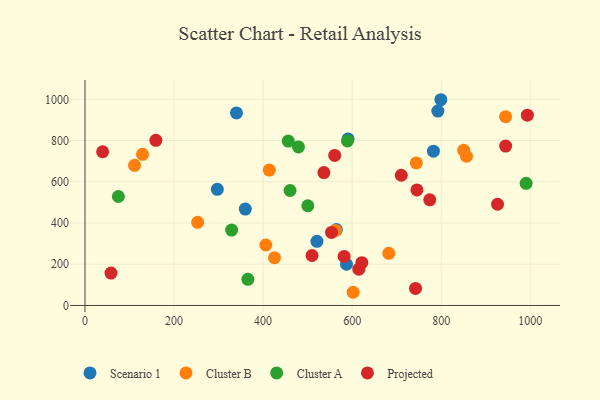
{"axis": {"x": "Distance", "y": "Yield"}, "legend": ["Cluster A", "Cluster B", "Projected", "Scenario 1"], "data": [{"x": "520.9", "y": 311.3, "type": "Scenario 1"}, {"x": "297.2", "y": 563.2, "type": "Scenario 1"}, {"x": "564.6", "y": 368.0, "type": "Scenario 1"}, {"x": "587.3", "y": 200.0, "type": "Scenario 1"}, {"x": "590.8", "y": 807.9, "type": "Scenario 1"}, {"x": "360.0", "y": 467.7, "type": "Scenario 1"}, {"x": "792.5", "y": 943.0, "type": "Scenario 1"}, {"x": "782.5", "y": 748.3, "type": "Scenario 1"}, {"x": "799.2", "y": 998.0, "type": "Scenario 1"}, {"x": "340.2", "y": 933.9, "type": "Scenario 1"}, {"x": "602.1", "y": 64.0, "type": "Cluster B"}, {"x": "129.2", "y": 733.2, "type": "Cluster B"}, {"x": "406.1", "y": 293.3, "type": "Cluster B"}, {"x": "562.8", "y": 364.0, "type": "Cluster B"}, {"x": "682.2", "y": 252.9, "type": "Cluster B"}, {"x": "744.1", "y": 691.6, "type": "Cluster B"}, {"x": "850.4", "y": 752.9, "type": "Cluster B"}, {"x": "253.1", "y": 403.3, "type": "Cluster B"}, {"x": "111.3", "y": 679.7, "type": "Cluster B"}, {"x": "425.6", "y": 231.5, "type": "Cluster B"}, {"x": "856.8", "y": 723.8, "type": "Cluster B"}, {"x": "944.6", "y": 915.6, "type": "Cluster B"}, {"x": "413.9", "y": 656.6, "type": "Cluster B"}, {"x": "75.0", "y": 528.6, "type": "Cluster A"}, {"x": "589.5", "y": 798.0, "type": "Cluster A"}, {"x": "479.4", "y": 769.0, "type": "Cluster A"}, {"x": "990.7", "y": 592.7, "type": "Cluster A"}, {"x": "460.5", "y": 557.7, "type": "Cluster A"}, {"x": "329.3", "y": 365.5, "type": "Cluster A"}, {"x": "365.8", "y": 126.9, "type": "Cluster A"}, {"x": "456.5", "y": 797.3, "type": "Cluster A"}, {"x": "500.4", "y": 483.6, "type": "Cluster A"}, {"x": "742.3", "y": 82.8, "type": "Projected"}, {"x": "710.3", "y": 631.7, "type": "Projected"}, {"x": "614.9", "y": 176.0, "type": "Projected"}, {"x": "621.8", "y": 207.4, "type": "Projected"}, {"x": "926.5", "y": 491.0, "type": "Projected"}, {"x": "582.0", "y": 238.0, "type": "Projected"}, {"x": "944.7", "y": 773.4, "type": "Projected"}, {"x": "560.8", "y": 728.0, "type": "Projected"}, {"x": "993.5", "y": 923.2, "type": "Projected"}, {"x": "745.4", "y": 560.3, "type": "Projected"}, {"x": "774.3", "y": 512.3, "type": "Projected"}, {"x": "509.9", "y": 242.3, "type": "Projected"}, {"x": "39.6", "y": 745.6, "type": "Projected"}, {"x": "159.1", "y": 801.2, "type": "Projected"}, {"x": "536.5", "y": 644.4, "type": "Projected"}, {"x": "553.6", "y": 354.1, "type": "Projected"}, {"x": "58.4", "y": 156.9, "type": "Projected"}]}